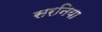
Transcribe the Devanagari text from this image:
सरनिया